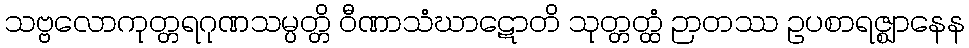
သဗ္ဗလောကုတ္တရဂုဏသမ္ပတ္တိ ဝီဏာသံဃာဋောတိ သုတ္တတ္ထံ ဉာတဿ ဥပစာရဇ္ဈာနေန